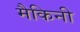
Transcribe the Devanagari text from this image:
मैकिनी